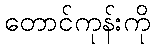
တောင်ကုန်းကို